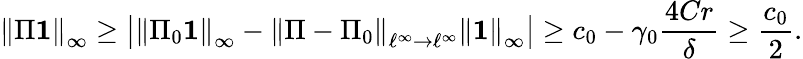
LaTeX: \left\lVert\Pi\mathbf{1}\right\rVert_{\infty}\ge\bigl|\left\lVert\Pi_{0}\mathbf{1}\right\rVert_{\infty}-\left\lVert\Pi-\Pi_{0}\right\rVert_{\ell^{\infty}\to\ell^{\infty}}\left\lVert\mathbf{1}\right\rVert_{\infty}\bigr|\ge c_{0}-\gamma_{0}\frac{4Cr}{\delta}\ge\frac{c_{0}}{2}.